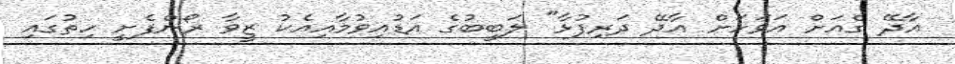
އާދޭ ގެއަށް އަވަހަށް އާދޭ ދަރިފުޅާ" ލަބީބުގެ އަޑުއިވުމާއިއެކު ޒީވާ ރޯންފެށީ ހިތުގައި